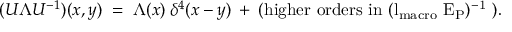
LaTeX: ( U \Lambda U ^ { - 1 } ) ( x , y ) \; = \; \Lambda ( x ) \: \delta ^ { 4 } ( x - y ) \: + \: { \mathrm { ( h i g h e r ~ o r d e r s ~ i n ~ ( l _ { \mathrm { \scriptsize { m a c r o } } } ~ E _ { P } ) ^ { - 1 } ~ ) } } .